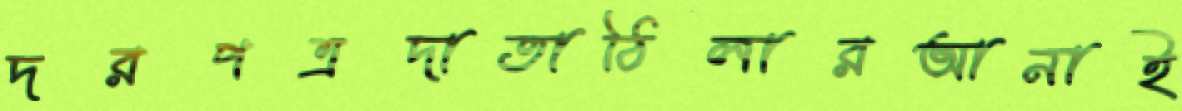
দরপত্রদাতাঠিলারআনাই